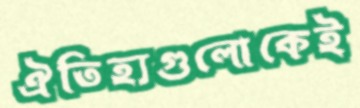
ঐতিহ্যগুলোকেই